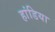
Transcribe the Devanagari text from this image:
हांडिया